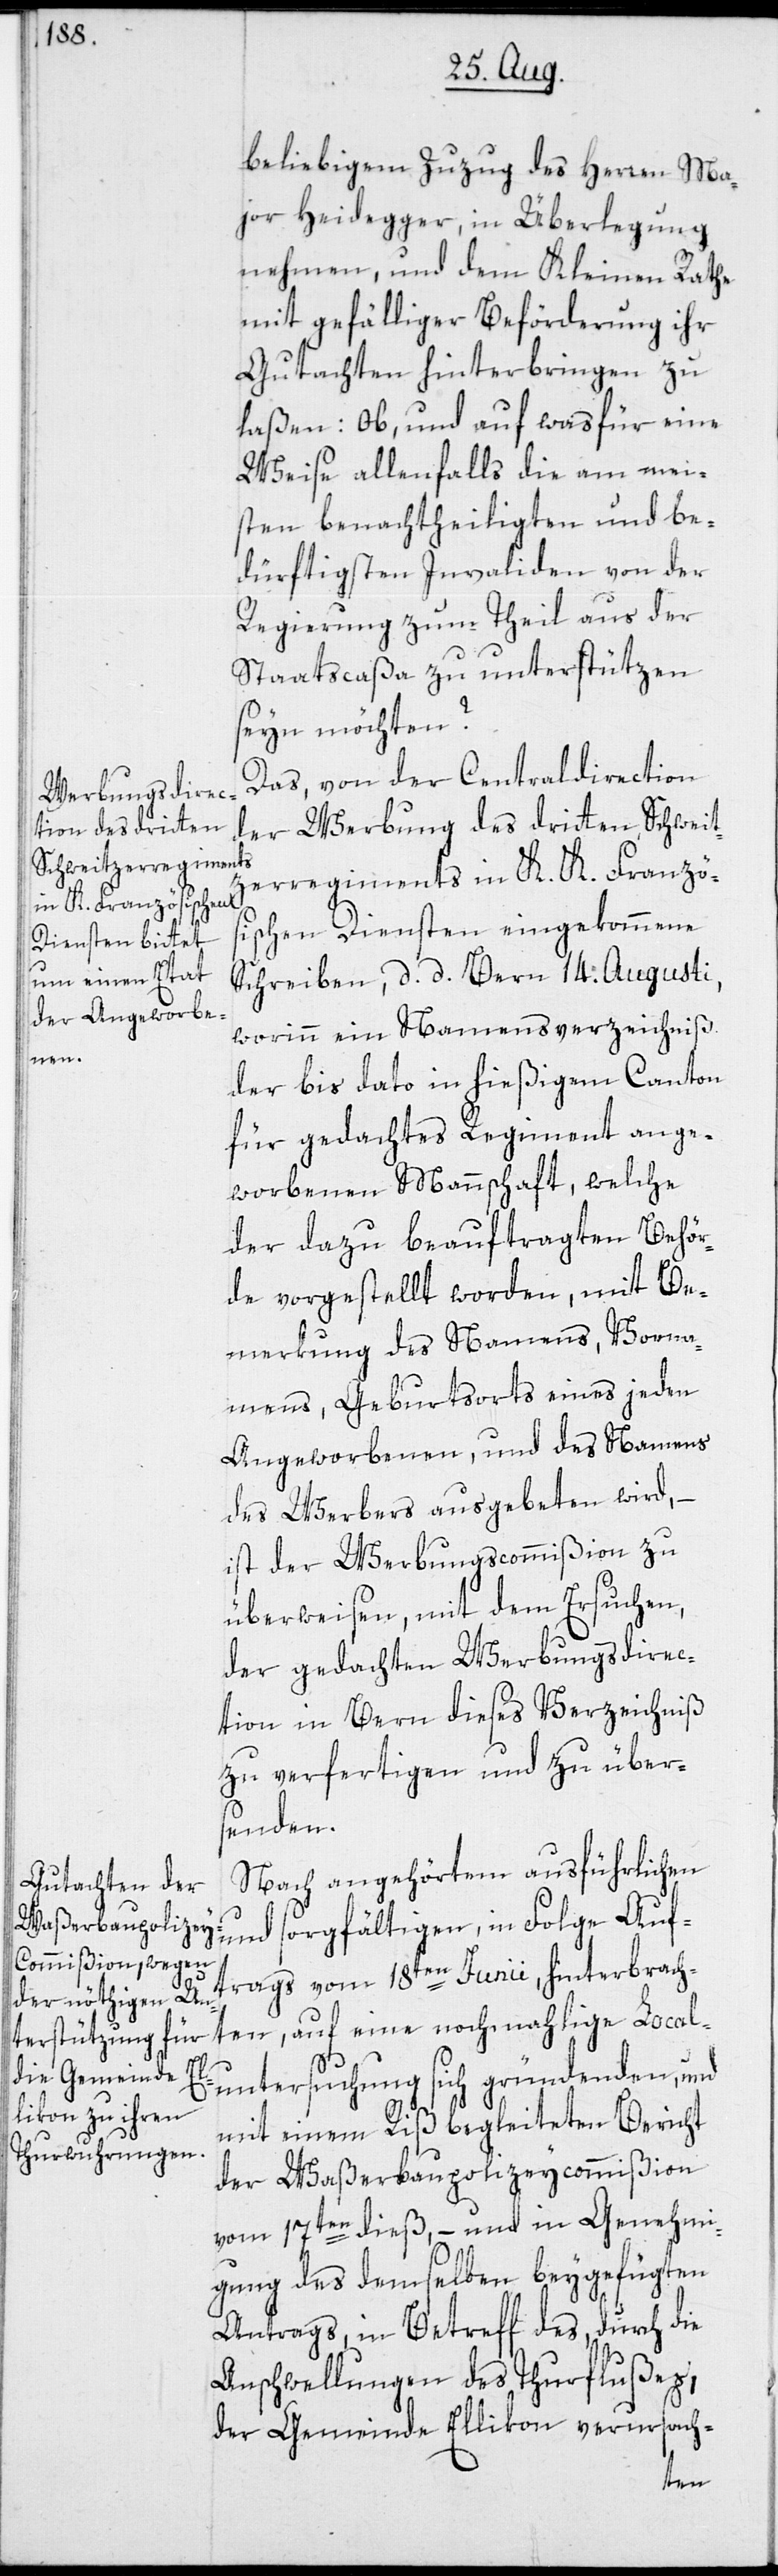
beliebigem Zuzug des Herren Ma¬
jor Heidegger, in Überlegung
nehmen, und dem Kleinen Rathe
mit gefälliger Beförderung ihr
Gutachten hinterbringen zu
laßen: Ob, und auf was für eine
Weise allenfalls die am mei¬
sten benachtheiligten und be¬
dürftigsten Invaliden von der
Regierung zum Theil aus der
Staatscaßa zu unterstützen
seyn möchten?
Das, von der Centraldirection
der Werbung des dritten Schweit¬
zerregiments in K. K. Franzö¬
sischen Diensten eingekommene
Schreiben, d. d. Bern 14. Augusti,
worinn ein Namensverzeichniß
untersuchung
der bis dato in hießigem Canton
für gedachtes Regiment ange¬
worbenen Mannschaft, welche
der dazu beauftragten Behör¬
de vorgestellt worden, mit Be¬
merkung des Namens, Vorna¬
mens, Geburtsorts eines jeden
Angeworbenen, und des Namens
des Werbers ausgebeten wird,
ist der Werbungscommißion zu
überweisen, mit dem Ersuchen,
der gedachten Werbungsdirec¬
tion in Bern dieses Verzeichniß
zu verfertigen und zu über¬
senden.
Nach angehörtem ausführlichen
und sorgfältigen, in Folge Auf¬
trags vom 18ten Junii, hinterbrach¬
ten, auf eine nochmahlige Local¬
mit einem Riß begleiteten Bericht
der Waßerbaupolizeycommißion
vom 17ten dieß, – und in Genehmi¬
gung des demselben beygefügten
Antrags, in Betreff des, durch die
Anschwellungen des Thurflußes,
der Gemeinde Ellikon verursach-